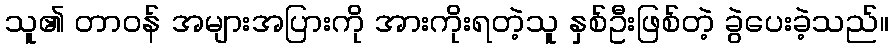
သူ၏ တာဝန် အများအပြားကို အားကိုးရတဲ့သူ နှစ်ဦးဖြစ်တဲ့ ခွဲပေးခဲ့သည်။